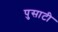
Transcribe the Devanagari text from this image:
पुसाटी